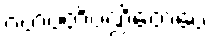
ဂဟပတိပဏ္ဍိတေပေ